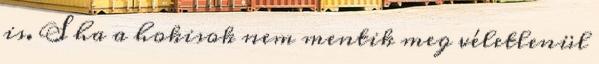
is. S ha a hokisok nem mentik meg véletlenül